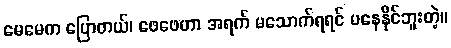
မေမေက ပြောတယ်၊ ဖေဖေဟာ အရက် မသောက်ရရင် မနေနိုင်ဘူးတဲ့။